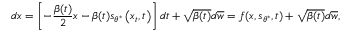
d \boldsymbol { x } = \left[ - \frac { \beta ( t ) } { 2 } \boldsymbol { x } - \beta ( t ) \boldsymbol { s } _ { \boldsymbol { \theta } ^ { * } } \left( \boldsymbol { x } _ { t } , t \right) \right] d t + \sqrt { \beta ( t ) } d \overline { { \boldsymbol { w } } } = f ( \boldsymbol { x } , \boldsymbol { s } _ { \boldsymbol { \theta } ^ { * } } , t ) + \sqrt { \beta ( t ) } d \overline { { \boldsymbol { w } } } ,